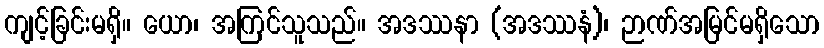
ကျင့်ခြင်းမရှိ။ ယော၊ အကြင်သူသည်။ အဒဿနာ (အဒဿနံ)၊ ဉာဏ်အမြင်မရှိသော